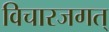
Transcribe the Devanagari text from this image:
विचारजगत्